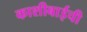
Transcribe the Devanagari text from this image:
काशीबाईची